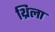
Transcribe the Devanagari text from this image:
थ्रिला